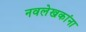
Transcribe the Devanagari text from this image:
नवलेखकांना